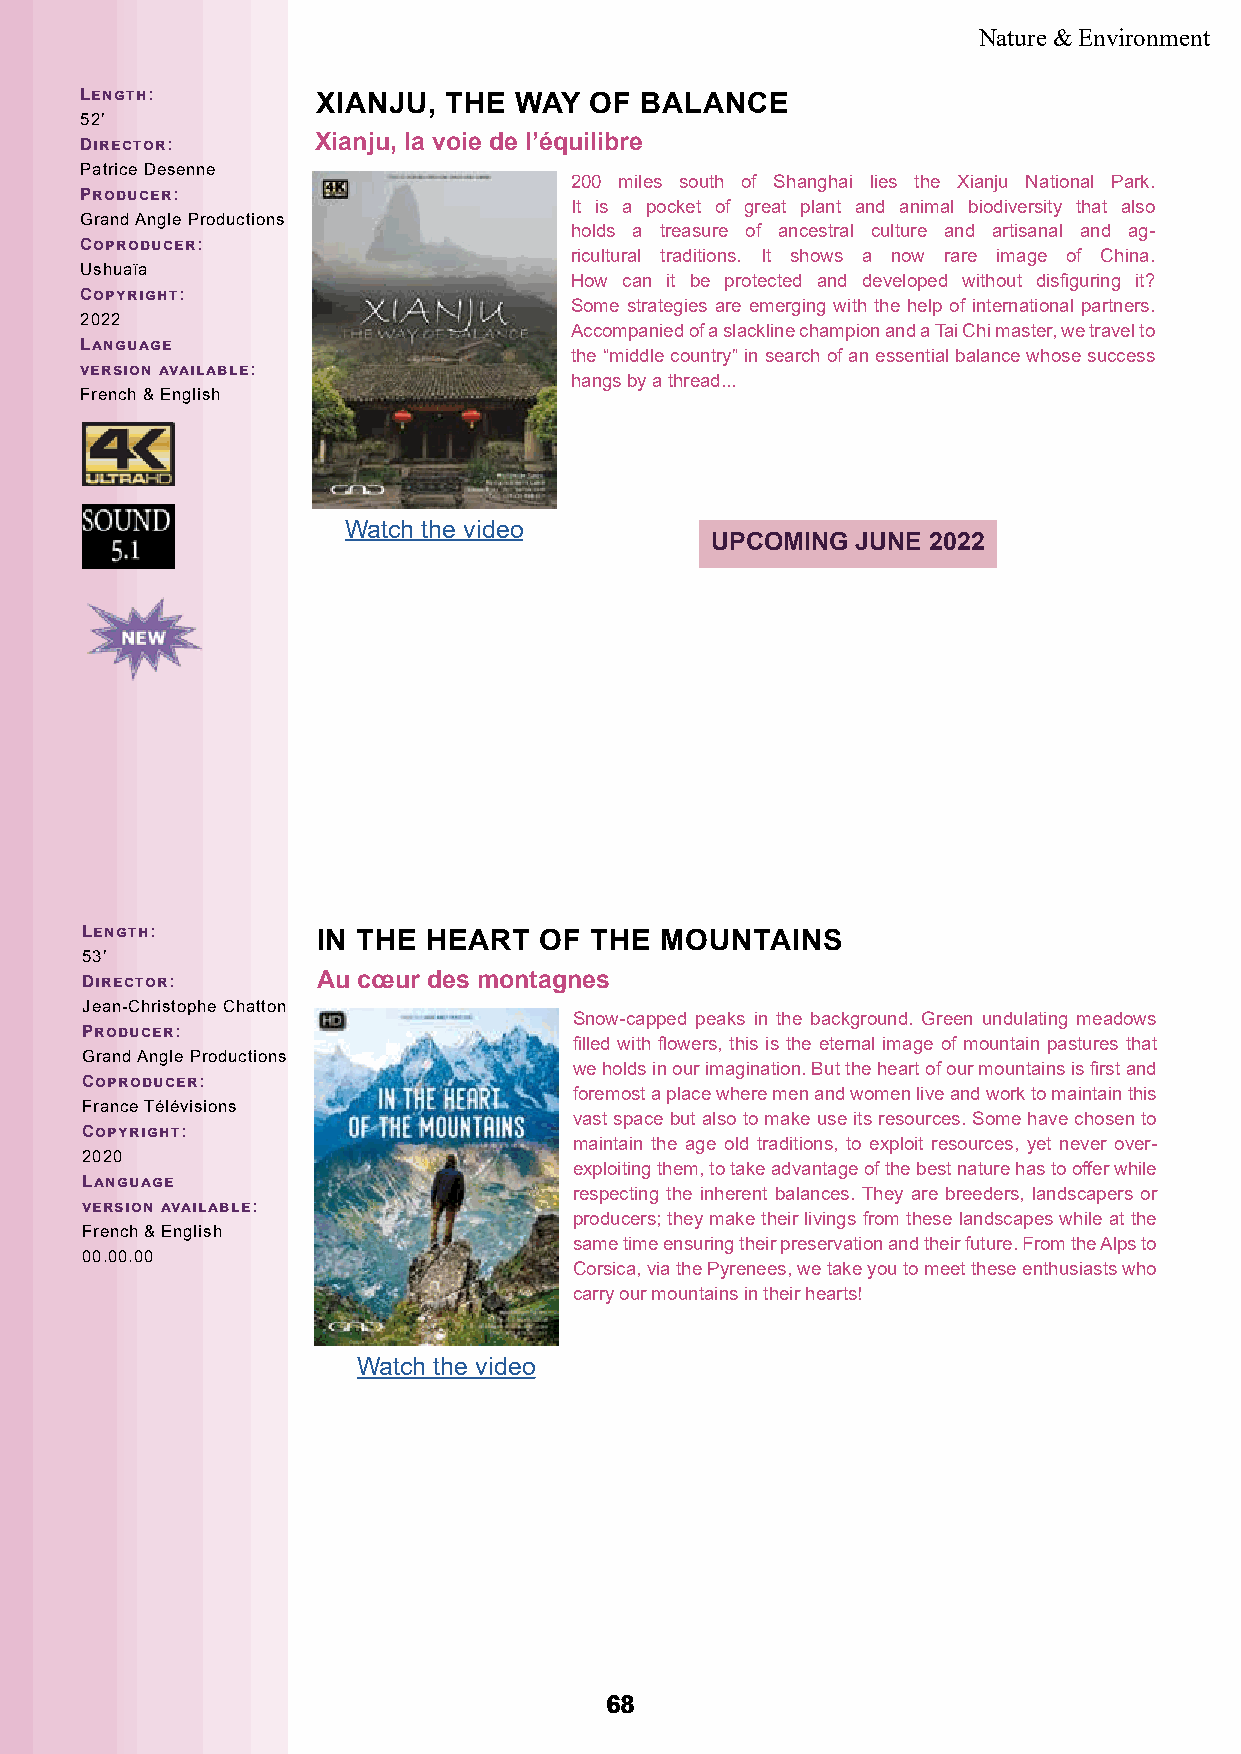
Nature & Environment
 Length:         XIANJU, THE  WAY  OF BALANCE
 52’
 Director:       Xianju, la voie de l’équilibre
 Patrice Desenne
 200 miles south of Shanghai lies the Xianju National Park.
 Producer:
 It is a pocket of great plant and animal biodiversity that also
 Grand Angle Productions
 holds a treasure of ancestral culture and artisanal and ag-
 Coproducer:
 ricultural traditions. It shows a now rare image of China.
 Ushuaïa
 How can it be protected and developed without disfiguring it?
 Copyright:
 Some strategies are emerging with the help of international partners.
 2022
 Accompanied of a slackline champion and a Tai Chi master, we travel to
 Language
 the “middle country” in search of an essential balance whose success
 version available:
 hangs by a thread...
 French & English
 Watch the video
 UPCOMING  JUNE 2022
 Length:         IN THE HEART   OF THE  MOUNTAINS
 53’
 Director:       Au cœur des montagnes
 Jean-Christophe Chatton
 Snow-capped peaks in the background. Green undulating meadows
 Producer:
 filled with flowers, this is the eternal image of mountain pastures that
 Grand Angle Productions
 we holds in our imagination. But the heart of our mountains is first and
 Coproducer:
 foremost a place where men and women live and work to maintain this
 France Télévisions
 vast space but also to make use its resources. Some have chosen to
 Copyright:
 maintain the age old traditions, to exploit resources, yet never over-
 2020
 exploiting them, to take advantage of the best nature has to offer while
 Language
 respecting the inherent balances. They are breeders, landscapers or
 version available:
 producers; they make their livings from these landscapes while at the
 French & English
 same time ensuring their preservation and their future. From the Alps to
 00.00.00
 Corsica, via the Pyrenees, we take you to meet these enthusiasts who
 carry our mountains in their hearts!
 Watch the video
 6688